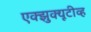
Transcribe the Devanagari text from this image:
एक्झुक्यूटीव्ह